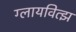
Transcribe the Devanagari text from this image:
ग्लायवित्झ